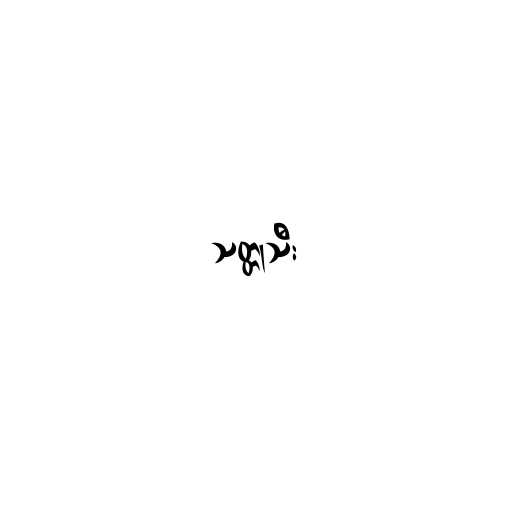
သတ္တုသီး